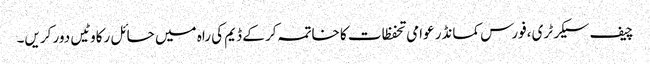
چیف سیکرٹری ،فورس کمانڈر عوامی تحفظات کا خاتمہ کر کے ڈیم کی راہ میں حائل رکاوٹیں دور کریں۔